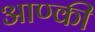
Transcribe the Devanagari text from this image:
आण्की